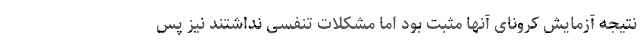
نتیجه آزمایش کرونای آنها مثبت بود اما مشکلات تنفسی نداشتند نیز پس